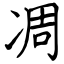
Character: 凋